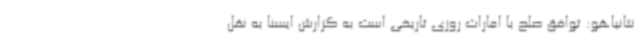
نتانیاهو: توافق صلح با امارات روزی تاریخی است به گزارش ایسنا به نقل